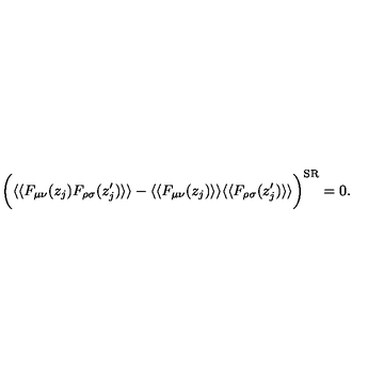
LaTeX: \bigg ( \langle \langle F _ { \mu \nu } ( z _ { j } ) F _ { \rho \sigma } ( z _ { j } ^ { \prime } ) \rangle \rangle - \langle \langle F _ { \mu \nu } ( z _ { j } ) \rangle \rangle \langle \langle F _ { \rho \sigma } ( z _ { j } ^ { \prime } ) \rangle \rangle \bigg ) ^ { \mathrm { S R } } = 0 .